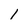
Character: 1